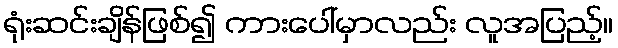
ရုံးဆင်းချိန်ဖြစ်၍ ကားပေါ်မှာလည်း လူအပြည့်။